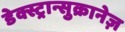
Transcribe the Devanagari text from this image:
डेक्स्ट्रान्सुक्रानेज़